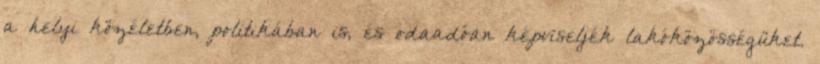
a helyi közéletben, politikában is, és odaadóan képviseljék lakóközösségüket.